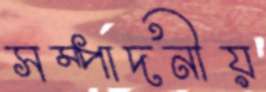
সম্পাদনীয়